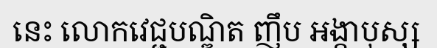
នេះ លោកវេជ្ជបណ្ឌិត ញឹប អង្គាបុស្ស